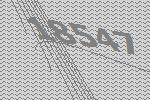
18547